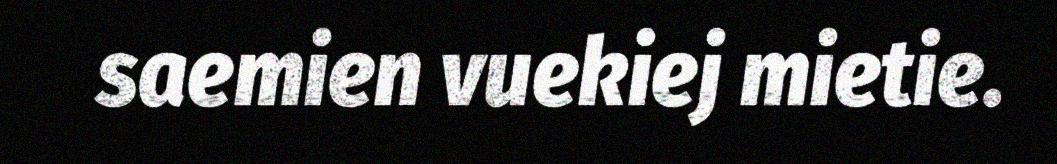
saemien vuekiej mietie.